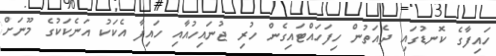
ހައިފާގެ ކޮނޑުގައި ދެއަތުން ހިފަހައްޓައިގެން ހުރި ޖުނައިހުއާއި ހައިފާ އެކަކު އަނެކަކުގެ މޫނަށް